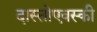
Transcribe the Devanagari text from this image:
दास्तोएवस्की